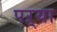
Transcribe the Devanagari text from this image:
पऱ्या